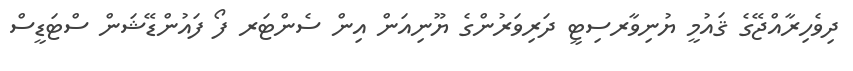
ދިވެހިރާއްޖޭގެ ޤައުމީ ޔުނިވާރސިޓީ ދަރިވަރުންގެ ޔޫނިއަން އިން ސެންޓަރ ފޯ ފައުންޑޭޝަން ސްޓަޑީސް